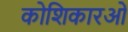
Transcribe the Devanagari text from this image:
कोशिकारओं